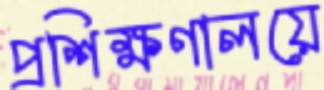
প্রশিক্ষণালয়ে